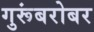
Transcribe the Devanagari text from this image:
गुरूंबरोबर